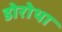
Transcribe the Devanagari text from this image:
डोरोथा